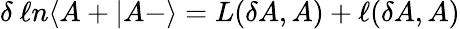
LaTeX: \delta\ \ell n\langle A+\vert A-\rangle=L(\delta A,A)+\ell(\delta A,A)